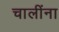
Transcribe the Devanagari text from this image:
चालींना